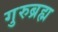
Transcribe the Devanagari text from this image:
गुरुब्रह्म